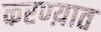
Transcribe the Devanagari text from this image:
करण्य़ात